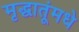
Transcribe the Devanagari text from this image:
मृद्धातूंमधे